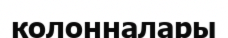
колонналары